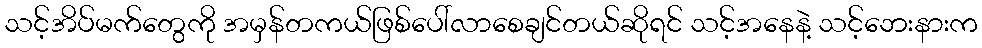
သင့်အိပ်မက်တွေကို အမှန်တကယ်ဖြစ်ပေါ်လာစေချင်တယ်ဆိုရင် သင့်အနေနဲ့ သင့်ဘေးနားက